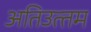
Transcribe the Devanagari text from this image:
अतिउत्‍तम